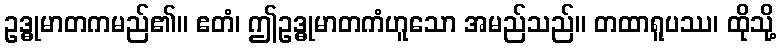
ဥဒ္ဓုမာတကမည်၏။ ဧတံ၊ ဤဥဒ္ဓုမာတကံဟူသော အမည်သည်။ တထာရူပဿ၊ ထိုသို့